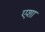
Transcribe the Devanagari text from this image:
एशा